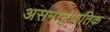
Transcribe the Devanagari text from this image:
असमानुपातिक